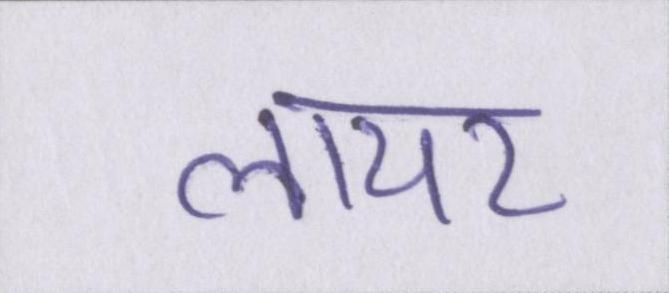
लायर